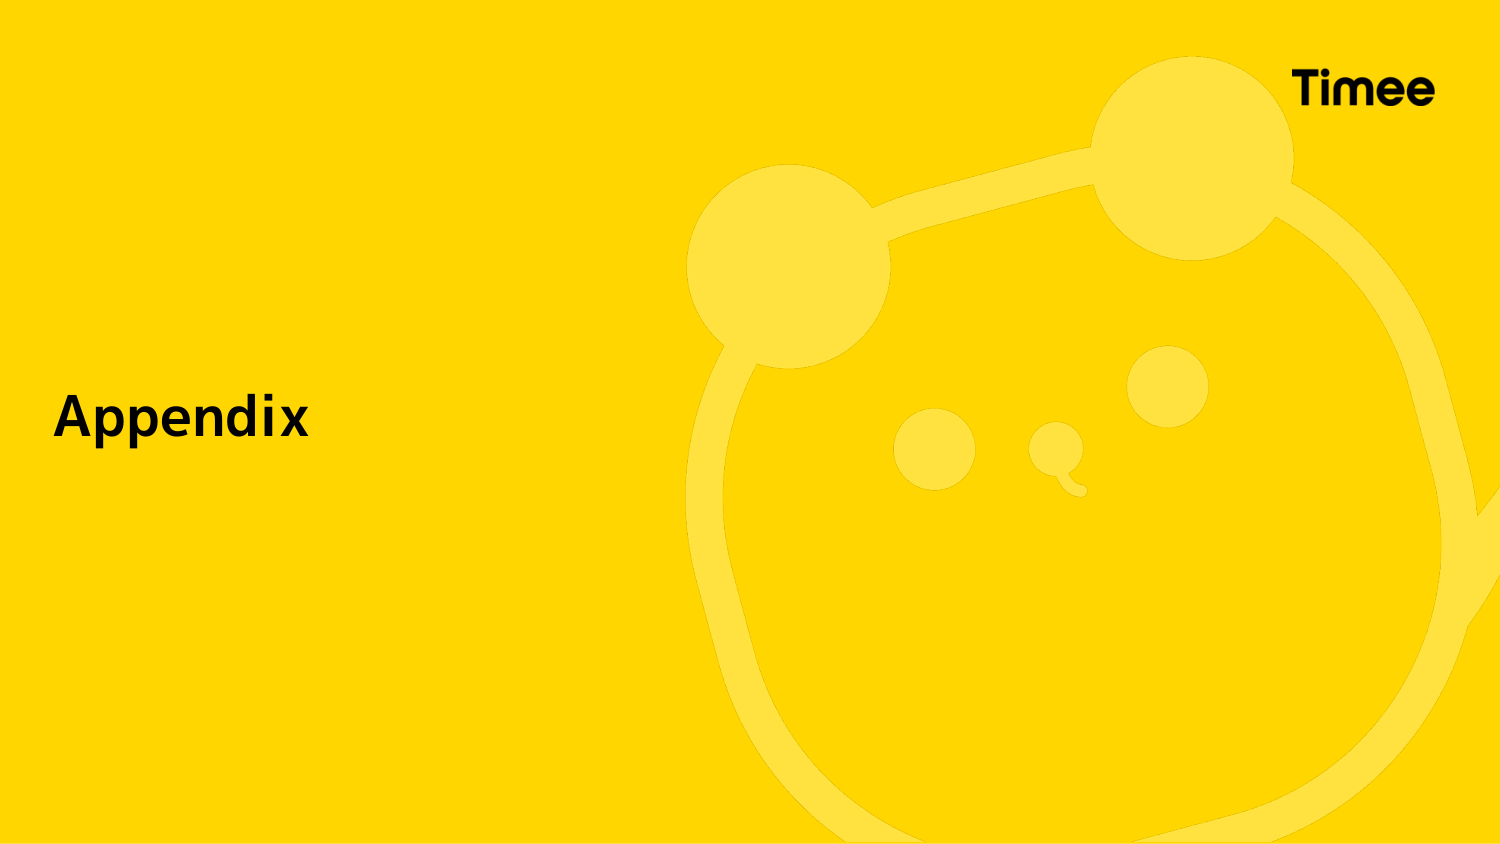
Appendix
Timee